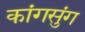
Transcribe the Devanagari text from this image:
कांगसुंग